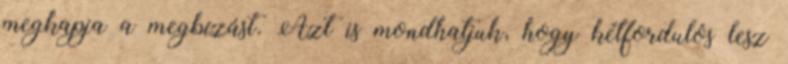
megkapja a megbízást. Azt is mondhatjuk, hogy kétfordulós lesz